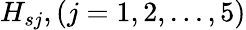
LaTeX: H_{sj},(j=1,2,...,5)